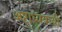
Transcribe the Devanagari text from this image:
अष्टाध्ययायी